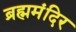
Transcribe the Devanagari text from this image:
ब्रह्ममंदिर